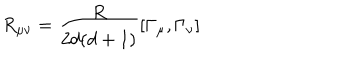
R _ { \mu \nu } = \frac { R } { 2 d ( d + 1 ) } [ \Gamma _ { \mu } , \Gamma _ { \nu } ]